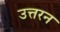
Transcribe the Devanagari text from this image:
उत्तरन